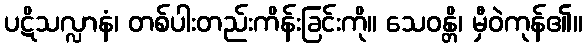
ပဋိသလ္လာနံ၊ တစ်ပါးတည်းကိန်းခြင်းကို။ သေဝန္တိ၊ မှီဝဲကုန်၏။